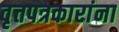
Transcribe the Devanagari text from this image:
वृत्तपत्रकारांना